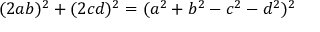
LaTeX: ( 2 a b ) ^ { 2 } + ( 2 c d ) ^ { 2 } = ( a ^ { 2 } + b ^ { 2 } - c ^ { 2 } - d ^ { 2 } ) ^ { 2 }